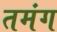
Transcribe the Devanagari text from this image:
तमंग